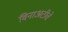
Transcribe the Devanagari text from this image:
विनाअटीचे